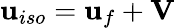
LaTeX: \textbf{u}_{iso}=\textbf{u}_{f}+\textbf{V}